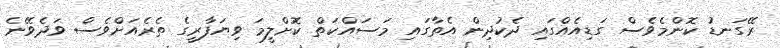
ރޭގަނޑު ކޮންމެވެސް ގަޑިއެއްގައި ދެކުދިން އެތާގައި މަސައްކަތް ކޮށްލީމަ ވިޔަފާރީގެ ތެރެއަށްވެސް ވަދެވޭނެ